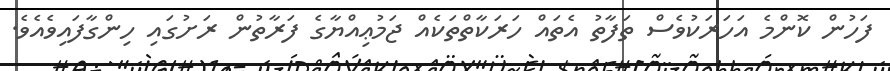
ފަހުން ކޮންމެ އަހަރަކުވެސް ތަފާތު އެތައް ހަރަކާތްތަކެއް ޖަމުޢިއްޔާގެ ފަރާތުން ރަށުގައި ހިންގާފައިވެއެވެ.